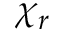
\chi _ { r }